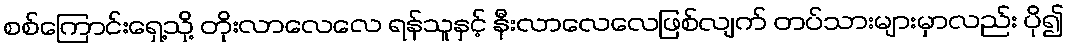
စစ်ကြောင်းရှေ့သို့ တိုးလာလေလေ ရန်သူနှင့် နီးလာလေလေဖြစ်လျက် တပ်သားများမှာလည်း ပို၍